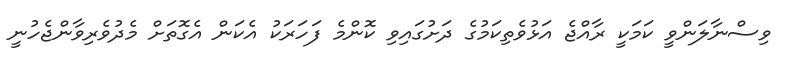
ވިސްނާލަންވީ ކަމަކީ ރާއްޖެ އަޅުވެތިކަމުގެ ދަށުގައިވި ކޮންމެ ފަހަރަކު އެކަން އެގޮތަށް މެދުވެރިވާންޖެހުނީ